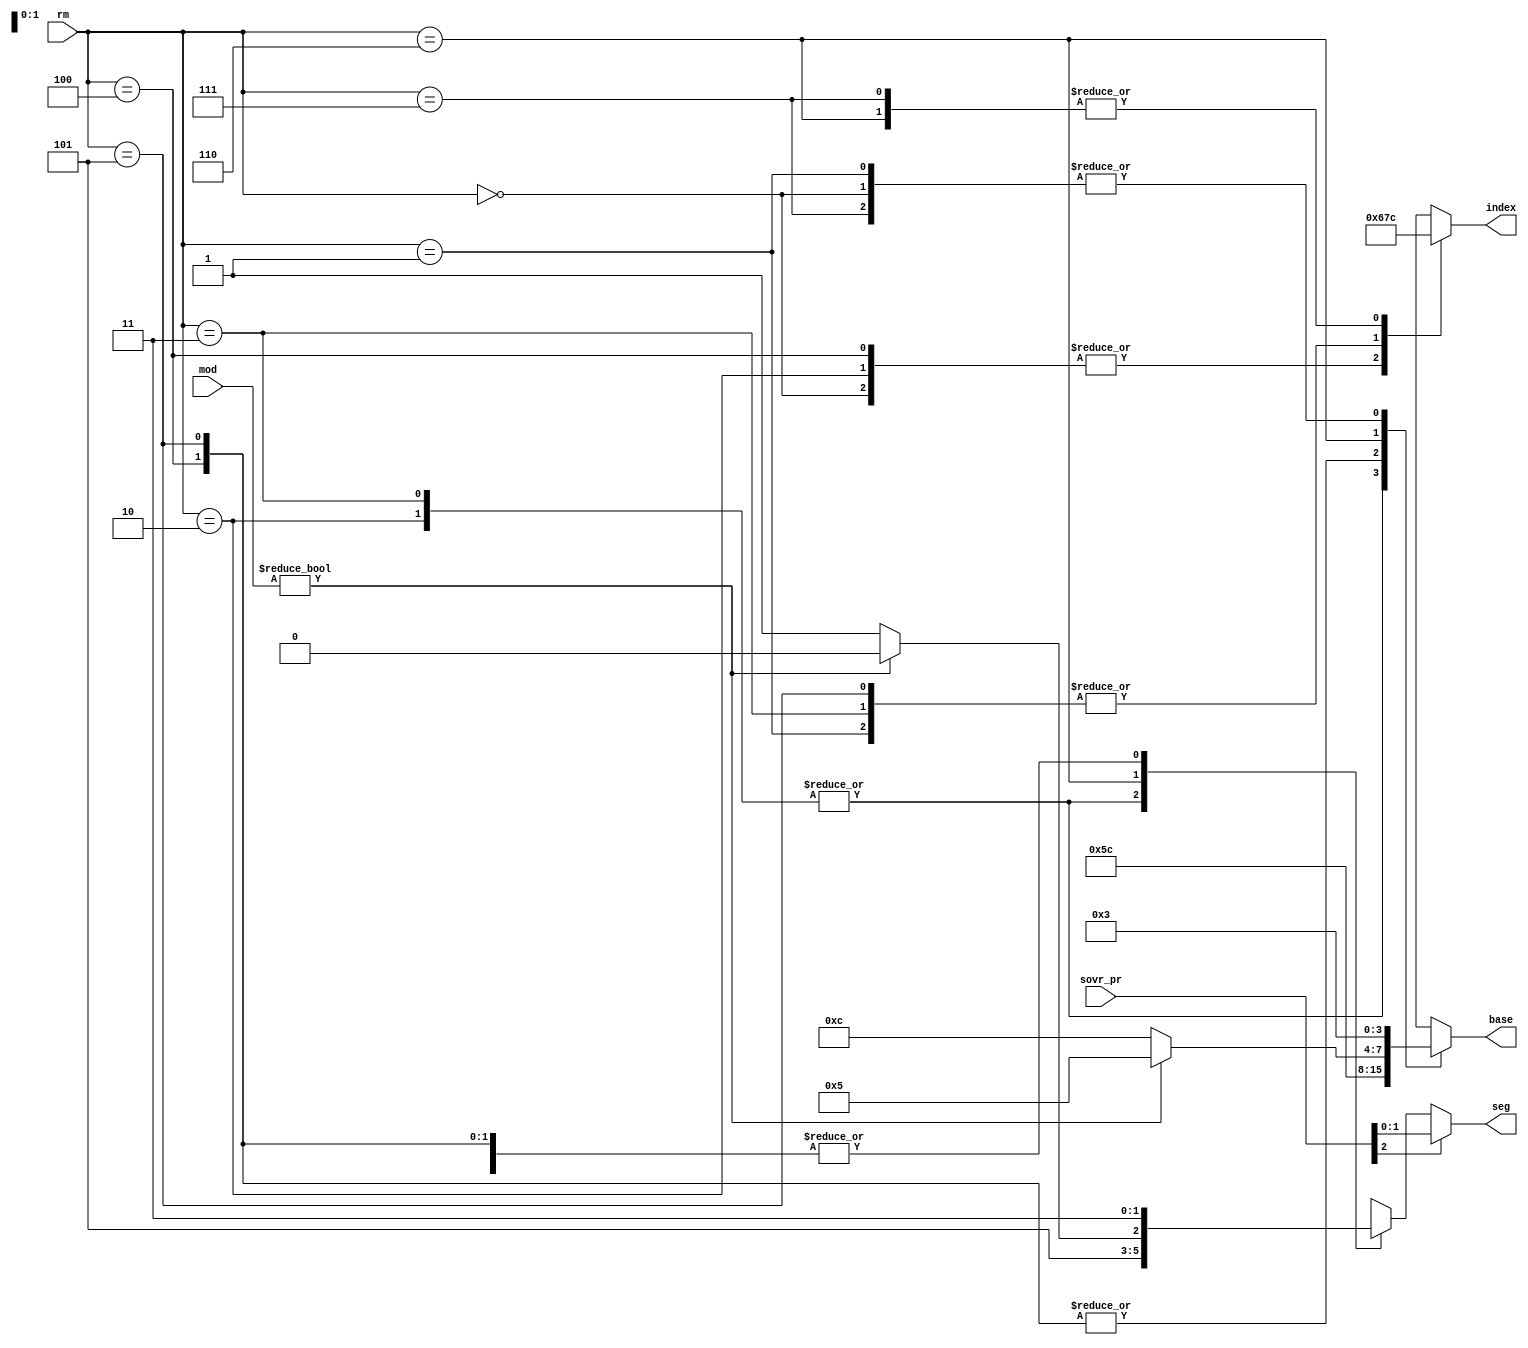
module zet_memory_regs (
    input [2:0] rm,
    input [1:0] mod,
    input [2:0] sovr_pr,

    output reg [3:0] base,
    output reg [3:0] index,
    output     [1:0] seg
  );

  // Register declaration
  reg [1:0] s;

  // Continuous assignments
  assign seg = sovr_pr[2] ? sovr_pr[1:0] : s;

  // Behaviour
  always @(rm or mod)
    case (rm)
      3'b000: begin base <= 4'b0011; index <= 4'b0110; s <= 2'b11; end
      3'b001: begin base <= 4'b0011; index <= 4'b0111; s <= 2'b11; end
      3'b010: begin base <= 4'b0101; index <= 4'b0110; s <= 2'b10; end
      3'b011: begin base <= 4'b0101; index <= 4'b0111; s <= 2'b10; end
      3'b100: begin base <= 4'b1100; index <= 4'b0110; s <= 2'b11; end
      3'b101: begin base <= 4'b1100; index <= 4'b0111; s <= 2'b11; end
      3'b110: begin base <= mod ? 4'b0101 : 4'b1100; index <= 4'b1100;
                    s <= mod ? 2'b10 : 2'b11; end
      3'b111: begin base <= 4'b0011; index <= 4'b1100; s <= 2'b11; end
    endcase
endmodule